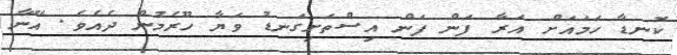
ކޮނޑާ ހަމައަށް އަރާ ފަން ފަން އިސްތަށިގަނޑު ވަޔާ ހޫރެމުން ދެއެވެ. އޭނާ